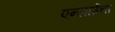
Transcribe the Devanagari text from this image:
एन्जाईना